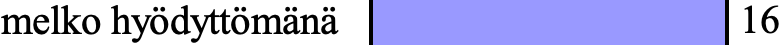
melko hyödyttömänä      16